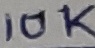
Text: 10K